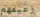
زعيمهم